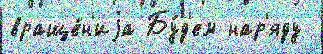
враще́н'иjа Бу́д'ем нар'яду